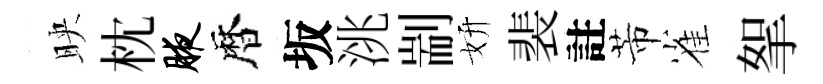
映枕腋暦坂洮剬妍裴註芾雀挐